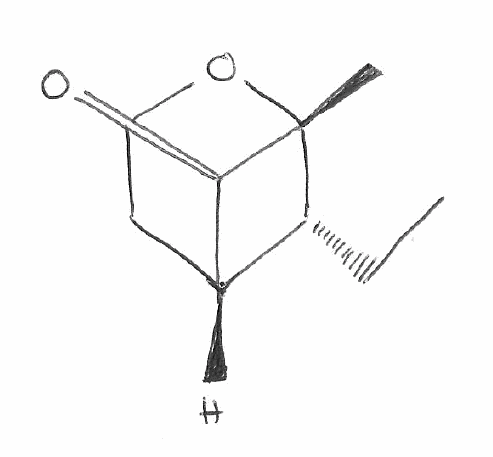
Simplified molecular-input line-entry system (SMILES) notation of the given molecule:
CC[C@@H]1[C@@H]2CCO[C@]1(C2=O)C